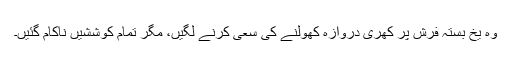
وہ یخ بستہ فرش پر کھری دروازہ کھولنے کی سعی کرنے لگیں، مگر تمام کوششیں ناکام گئیں۔